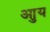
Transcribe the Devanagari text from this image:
आुय